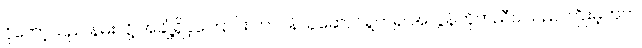
ငိုတော့သည် နမ်းလို့ အချို့ရှိခဲ့ကြောင်း တာဝန်ယူဆောင်ရွက်၍ အလွန်ကိုက်ညီပါသည် ကြိုးမဲ့ကတ်